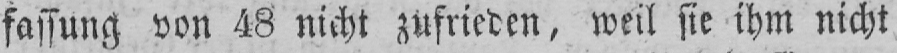
fassung von 48 nicht zufrieden, weil sie ihm nicht